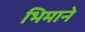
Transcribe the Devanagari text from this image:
भिमाने